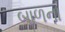
બાળના